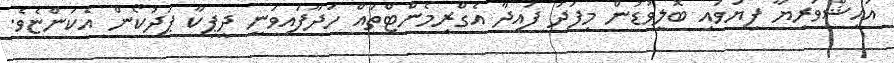
އައިޝްވަރިޔާ ފިޔަވައި ބޮލީވުޑުން މިފަދަ ފައިދާ އެގްރިމެންޓްތައް ހަދާފައިވަނީ ދީޕިކާ ޕަދުކޯން އެކަންޏެވެ.